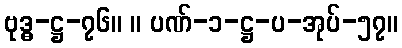
ဗုဒ္ဓ-ဋ္ဌ-၇၆။ ။ ပဏ်-၁-ဋ္ဌ-ပ-အုပ်-၅၇။